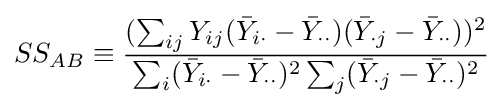
SS_{AB}\equiv {\frac {(\sum _{ij}Y_{ij}({\bar {Y}}_{i\cdot }-{\bar {Y}}_{\cdot \cdot })({\bar {Y}}_{\cdot j}-{\bar {Y}}_{\cdot \cdot }))^{2}}{\sum _{i}({\bar {Y}}_{i\cdot }-{\bar {Y}}_{\cdot \cdot })^{2}\sum _{j}({\bar {Y}}_{\cdot j}-{\bar {Y}}_{\cdot \cdot })^{2}}}